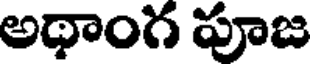
అథాంగ పూజ